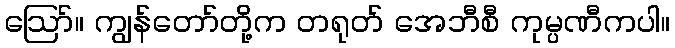
ဪ။ ကျွန်တော်တို့က တရုတ် အေဘီစီ ကုမ္ပဏီကပါ။